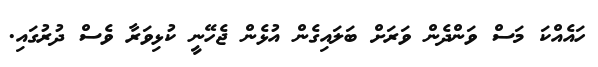
ހައެއްކަ މަސް ވަންދެން ވަރަށް ބަލައިގެން އުޅެން ޖެހޭނީ ކުޅިވަރާ ވެސް ދުރުގައި.